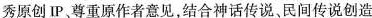
秀原创IP尊重原作者意见结合神话传说民间传说创造